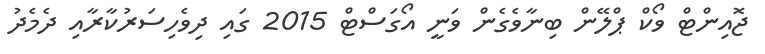
ޖޮއިންޓް ވޯކް ޕްލޭން ބިނާވެގެން ވަނީ އޯގަސްޓް 2015 ގައި ދިވެހިސަރުކާރާއި ދެމެދު